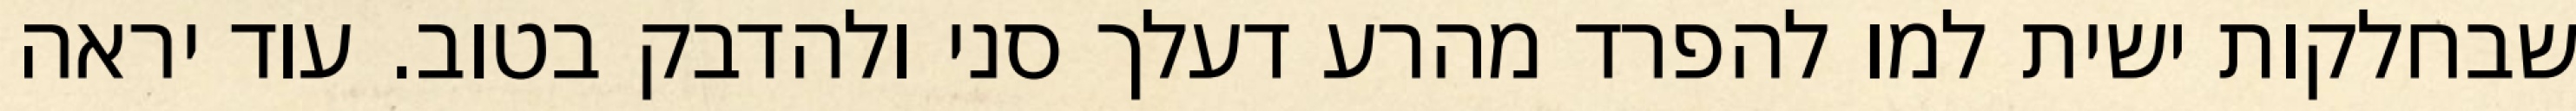
שבחלקות ישית למו להפרד מהרע דעלך סני ולהדבק בטוב. עוד יראה